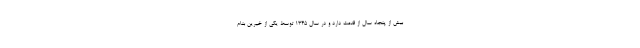
بیش از پنجاه سال از قدمت دارد و در سال ۱۳۴۵ توسط یکی از خیرین بنام